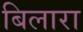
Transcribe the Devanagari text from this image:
बिलारा